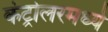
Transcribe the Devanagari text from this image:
कंट्रोलरमध्ये